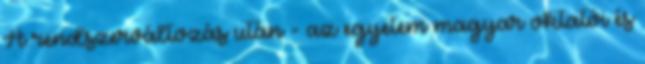
A rendszerváltozás után - az egyetem magyar oktatói és